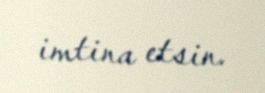
imtina etsin.